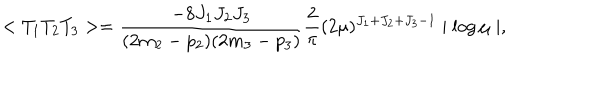
< T _ { 1 } T _ { 2 } T _ { 3 } > = \frac { - 8 J _ { 1 } J _ { 2 } J _ { 3 } } { ( 2 m _ { 2 } - p _ { 2 } ) ( 2 m _ { 3 } - p _ { 3 } ) } \frac { 2 } { \pi } ( 2 \mu ) ^ { J _ { 1 } + J _ { 2 } + J _ { 3 } - 1 } \mid \log \mu \mid ,